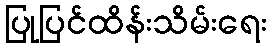
ပြုပြင်ထိန်းသိမ်းရေး